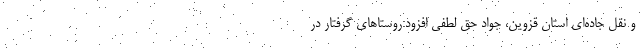
و نقل جاده‌ای استان قزوین، جواد حق لطفی افزود:روستاهای گرفتار در